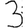
Digit: 3